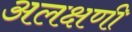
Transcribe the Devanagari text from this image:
अलक्षणी